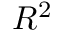
R ^ { 2 }